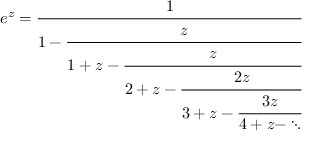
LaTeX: e ^ { z } = { \cfrac { 1 } { 1 - { \cfrac { z } { 1 + z - { \cfrac { z } { 2 + z - { \cfrac { 2 z } { 3 + z - { \cfrac { 3 z } { 4 + z - \ddots } } } } } } } } } }